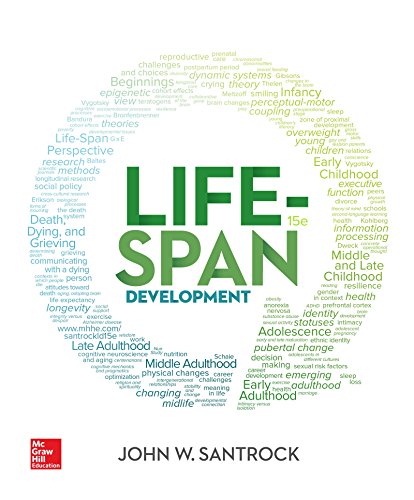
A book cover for Life-Span Development; John Santrock; Health, Fitness & Dieting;